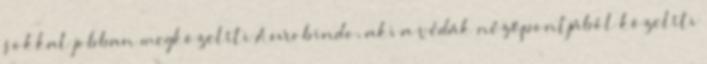
sokkal jobban megközelíti Aurobindo, aki a védák nézőpontjából közelíti